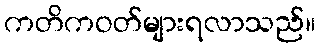
ကတိကဝတ်များရလာသည်။